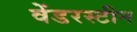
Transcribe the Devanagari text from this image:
वेंडरस्टीन